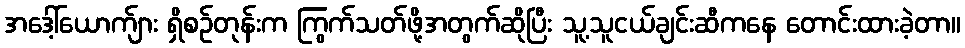
အဒေါ့်ယောက်ျား ရှိစဉ်တုန်းက ကြွက်သတ်ဖို့အတွက်ဆိုပြီး သူ့သူငယ်ချင်းဆီကနေ တောင်းထားခဲ့တာ။